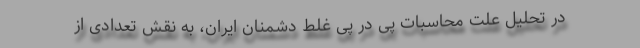
در تحلیل علت محاسبات پی در پی غلط دشمنان ایران، به نقش تعدادی از